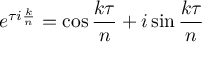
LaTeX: e ^ { \tau i { \frac { k } { n } } } = \cos { \frac { k \tau } { n } } + i \sin { \frac { k \tau } { n } }